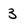
Character: 3